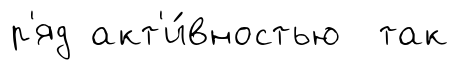
р'яд акт'и́вностью так